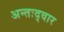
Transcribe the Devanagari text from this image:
अन्तःद्वार